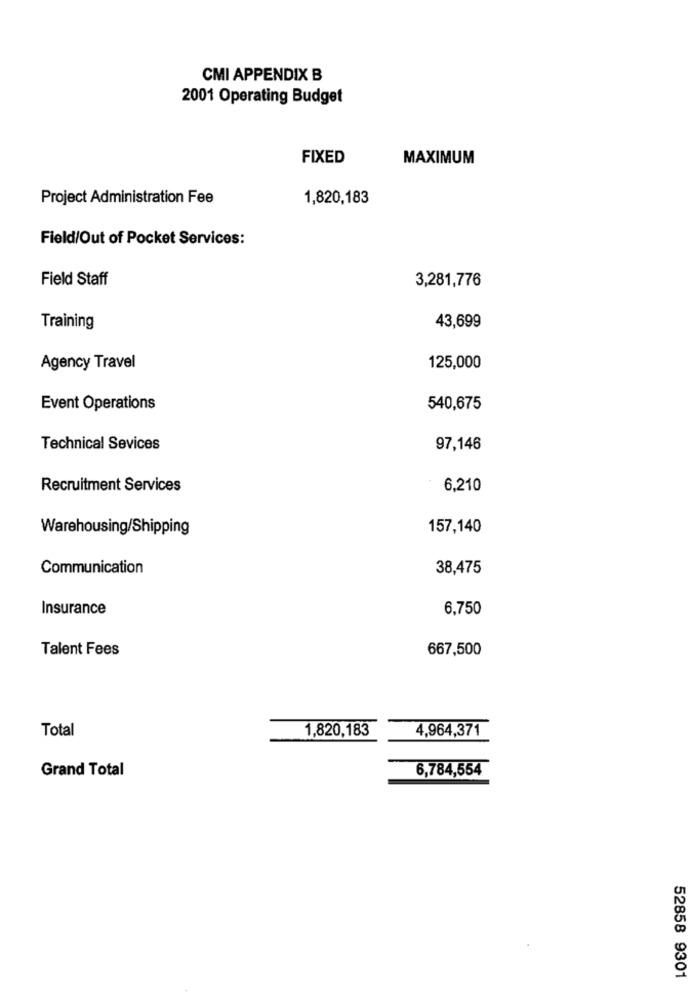
CMI APPENDIX B
2001 Operating Budget
FIXED
MAXIMUM
Project Administration Fee
1,820,183
Field/Out of Pocket Services:
Field Staff
3,281,776
Training
43,699
Agency Travel
125,000
Event Operations
540,675
Technical Sevices
97,146
Recruitment Services
6,210
Warehousing/Shipping
157,140
Communication
38,475
Insurance
6,750
Talent Fees
667,500
Total
1,820,183
4,964,371
Grand Total
6,784,554
52858 9301